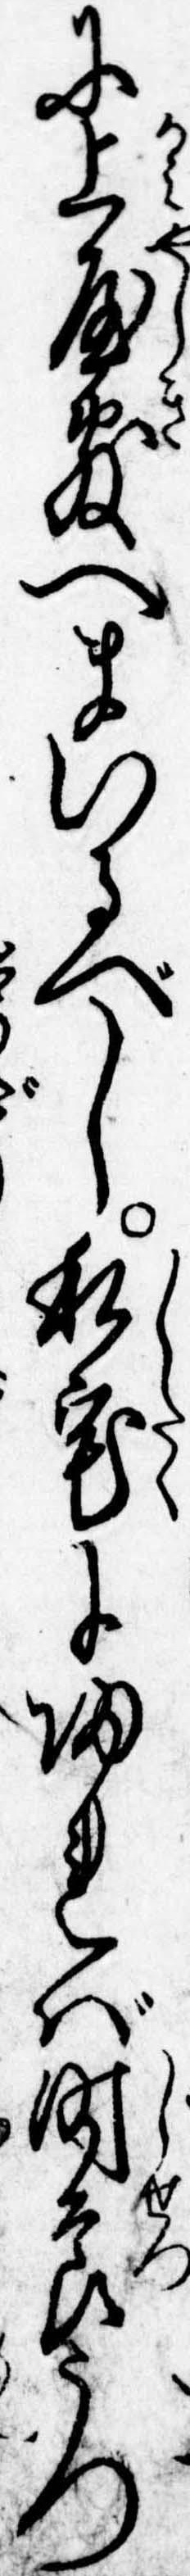
に上屋敷へまいるべし私宅に帰れば時節うつ